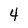
Character: 4